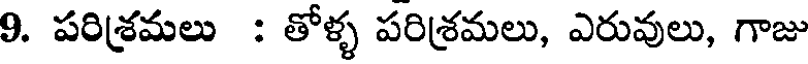
9. పరిశ్రమలు : తోళ్ళ పరిశ్రమలు, ఎరువులు, గాజు